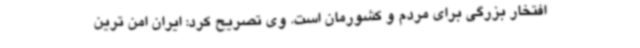
افتخار بزرگی برای مردم و کشورمان است. وی تصریح کرد: ایران امن‌ ترین